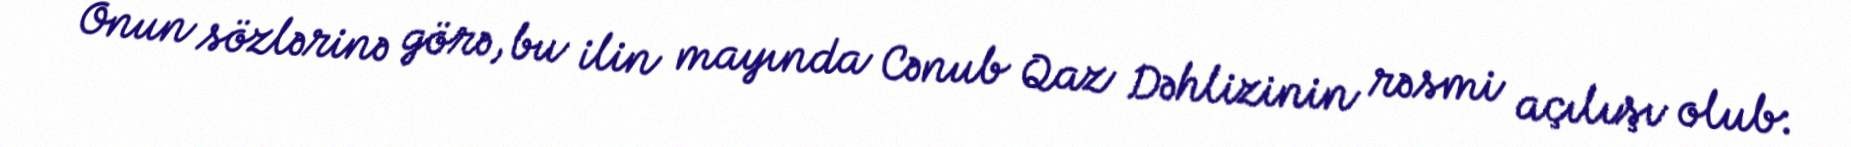
Onun sözlərinə görə, bu ilin mayında Cənub Qaz Dəhlizinin rəsmi açılışı olub: